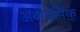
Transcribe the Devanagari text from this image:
ॲकॅडमिक